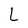
Character: L